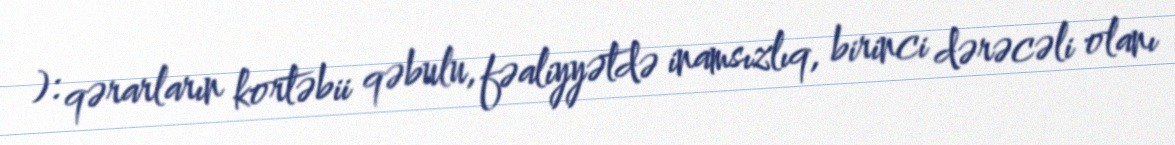
): qərarların kortəbii qəbulu, fəaliyyətdə inamsızlıq, birinci dərəcəli olanı